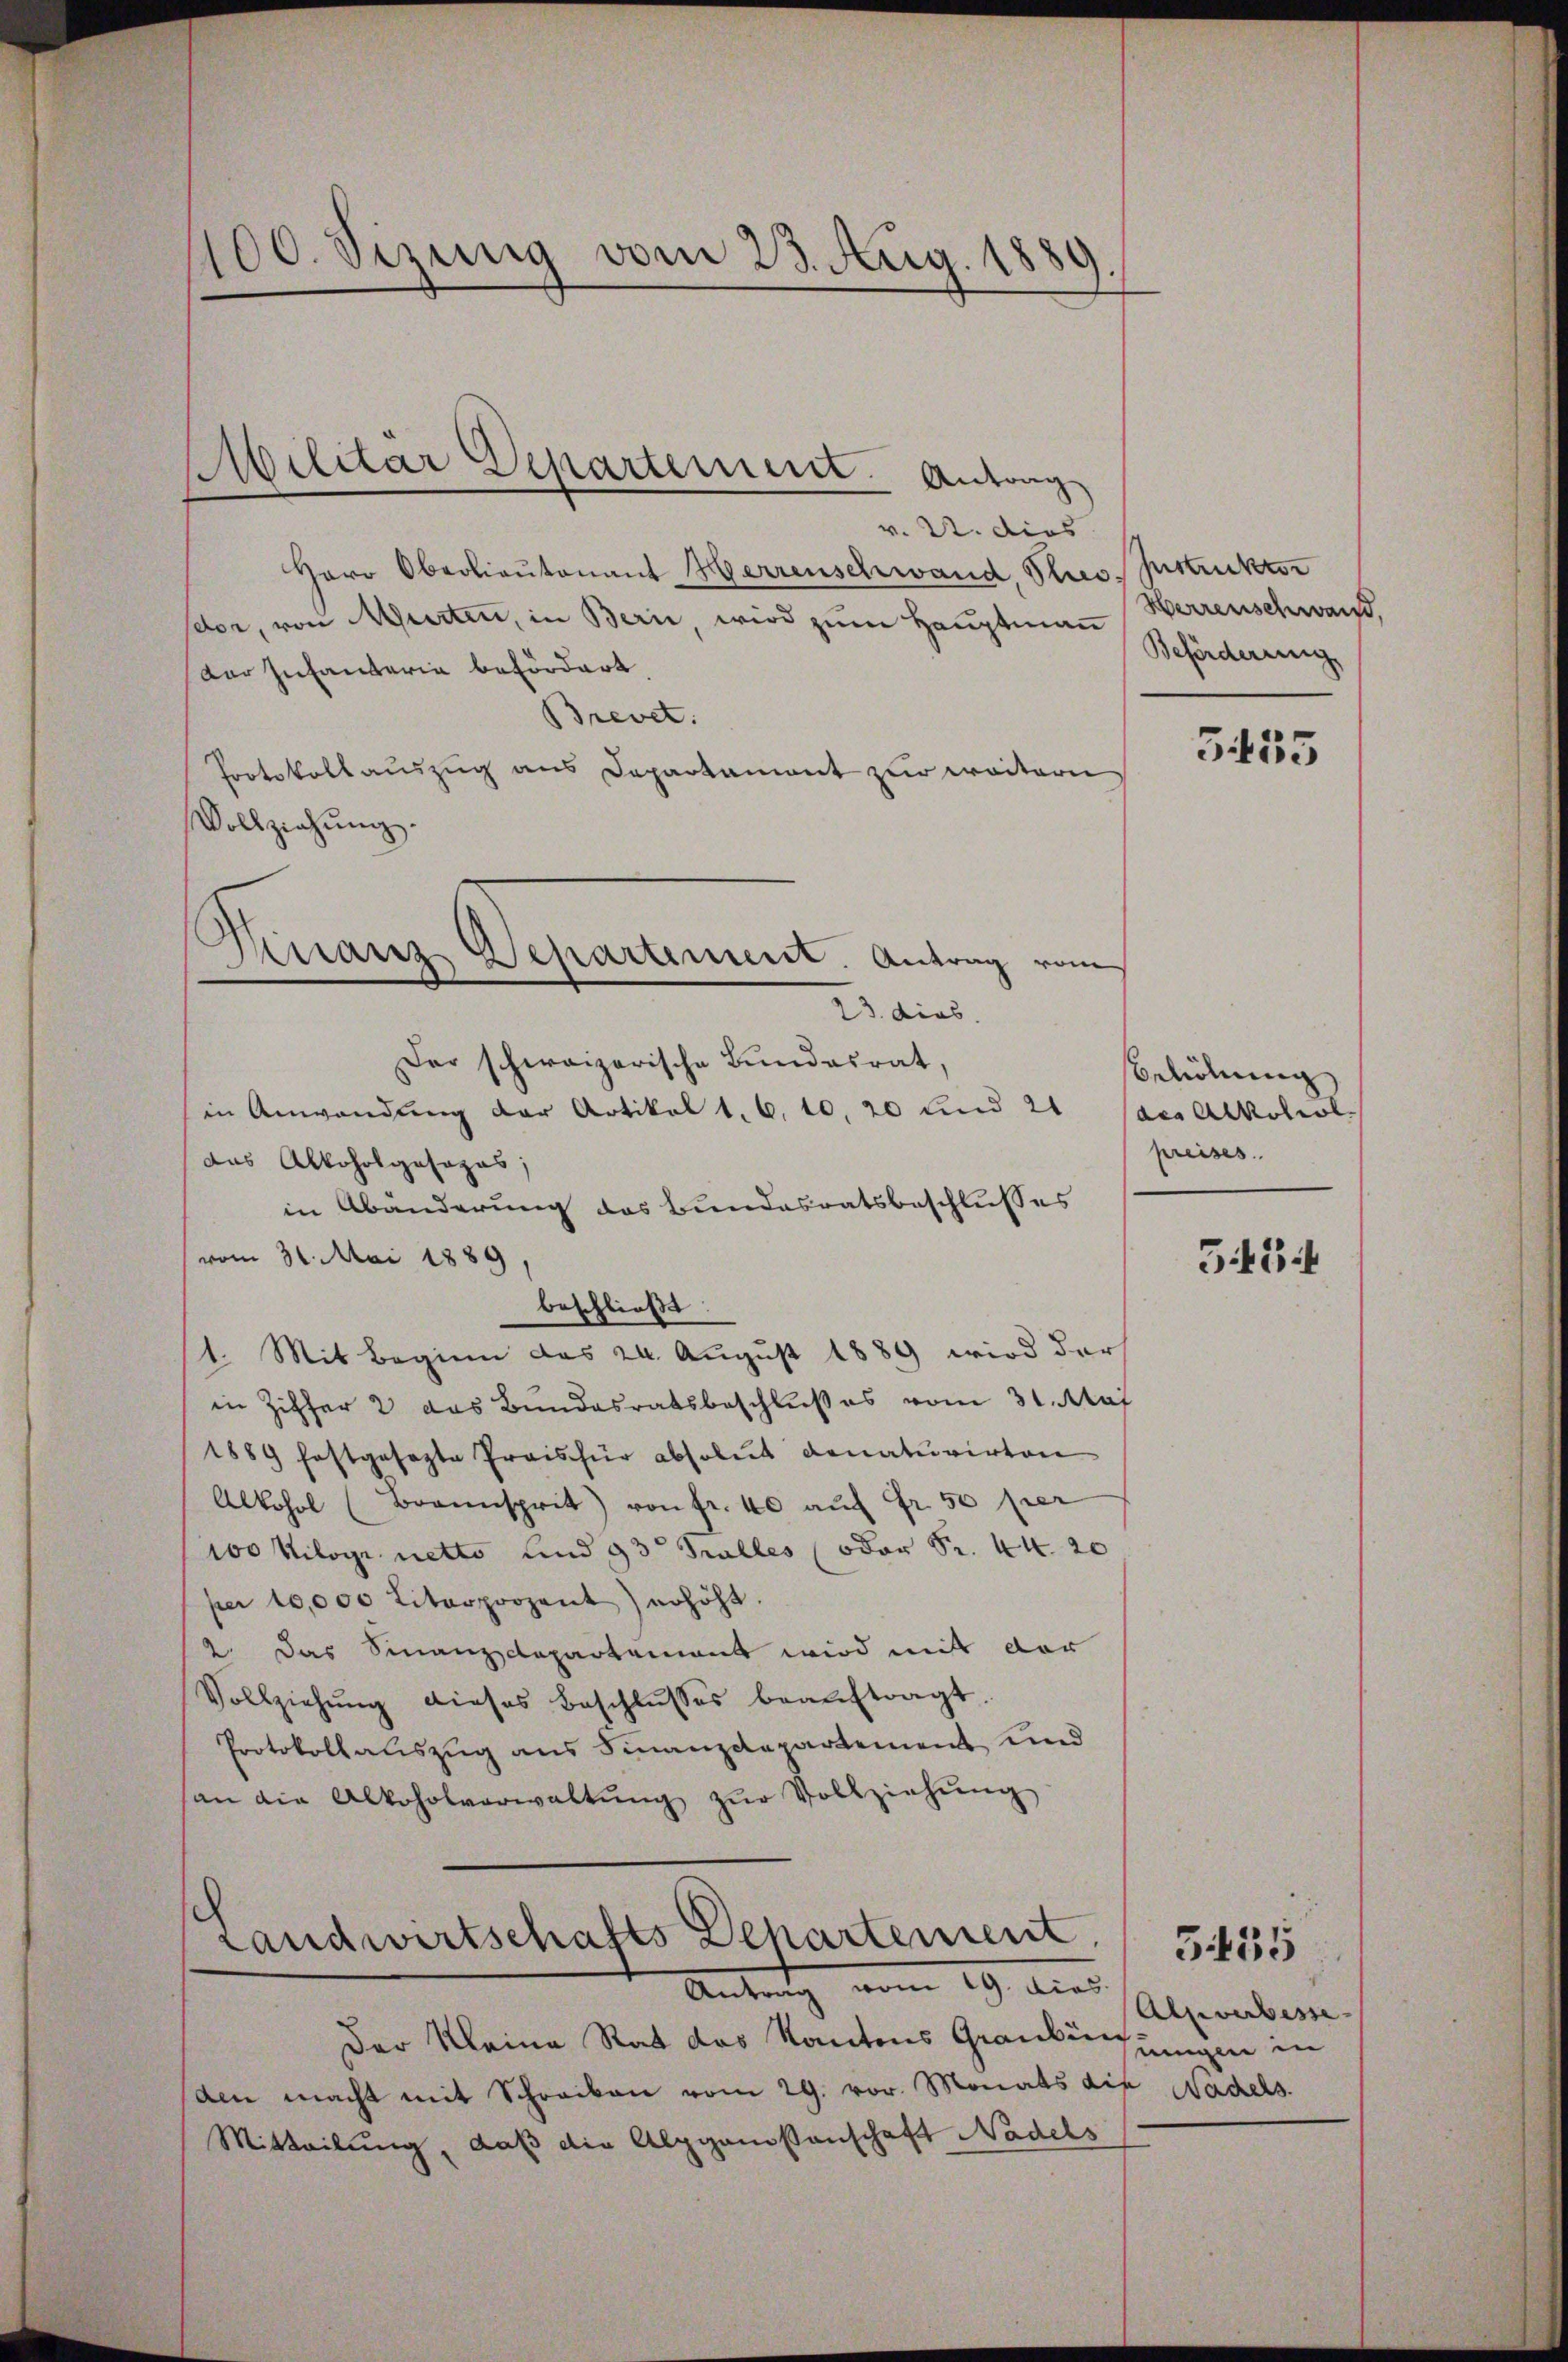
100. Sizung vom 23. Aug. 1889
e

Militär Departement. Antrag

v. U. dies
Herr Oberlieutenant Herrenschwand, Phres Instruktor
sdor, von Murten, in Bern, wird zum Hauptman
Der Infanteria befördert
Brevet.
Protokollauszug aus Departament zur weitern
Vollziehŭng.
23. dies
Der schweizerische Bŭndesrat,
in Anwendung der Artikel 1. 6. 10. 20 und 21
das Alkoholgasozas;
in Abänderung des Bundesratsbeschlusses
vom 31. Mai 1889,
beschließt:
1. Mit Beginn das 24. August 1889 wird darf
in Ziffer 2 das Bundesratsbeschlußes vom 31. Maj
1889 festgesezte Preisfür absolut donaturirten
Alkohol (Braunsprit) von fr. 40 aŭf Fr. 50 per
100 Kilogr netto und 93 Salles (oder Sr. 44. 20
per 10,000 Literprozent) erhöht.
2. Das Finanzdepartement wird mit der
Vollziehŭng dieses Beschlŭsses beaŭftragt.
Protokollauszug aus Finanzdepartement und
an die Alkoholverwaltŭng zŭr Vollziehŭng
Landwirtschafts Departement.
Antrag vom 19. dies
Der Kleine Rat das Kantons Graubühungen in
den macht mit Schreiben vom 29. vor. Monats die Nadels.
Mitteilung, daß die Alpgenossenschaft Nadels

Finanz Departement. Antrag vom

Herrenschwand.
Beförderung

355

Beliehung
des Alkohol
preises.

3454

Alsverbesse

3435